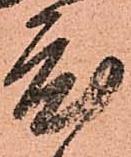
度